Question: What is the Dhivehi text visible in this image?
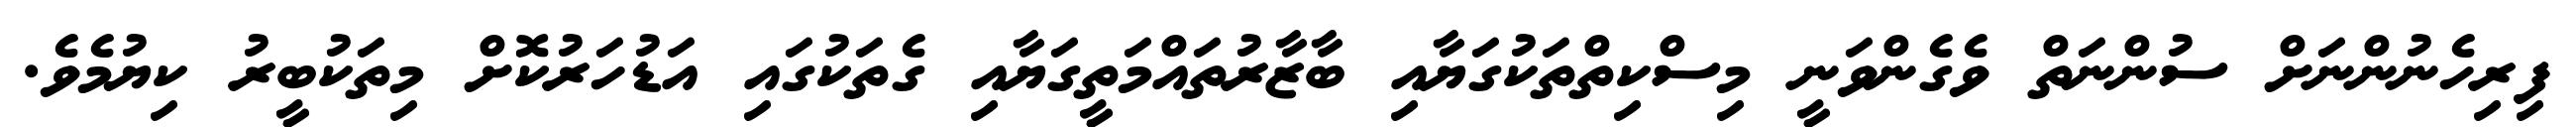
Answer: ފިރިހެނުންނަށް ސުންނަތް ވެގެންވަނީ މިސްކިތްތަކުގަޔާއި ބާޒާރުތައްމަތީގަޔާއި ގެތަކުގައި އަޑުހަރުކޮށް މިތަކުބީރު ކިޔުމެވެ.